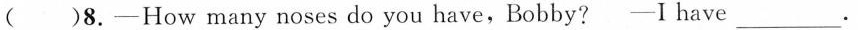
( )8.-How many noses do you have,Bobby? -Ihave ___ .